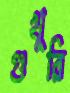
গুখুরি